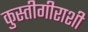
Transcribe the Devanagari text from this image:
कुस्तीगीराशी